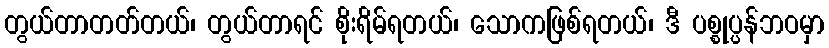
တွယ်တာတတ်တယ်၊ တွယ်တာရင် စိုးရိမ်ရတယ်၊ သောကဖြစ်ရတယ်၊ ဒီ ပစ္စုပ္ပန်ဘဝမှာ